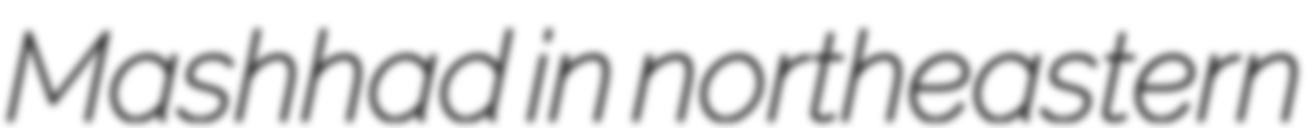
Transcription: Mashhad in northeastern